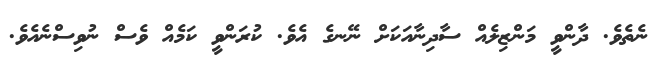
ނެތެވެ. ދާންވީ މަންޒިލެއް ސާދިނާއަކަށް ނޭނގެ އެވެ. ކުރަންވީ ކަމެއް ވެސް ނުވިސްނެއެވެ.